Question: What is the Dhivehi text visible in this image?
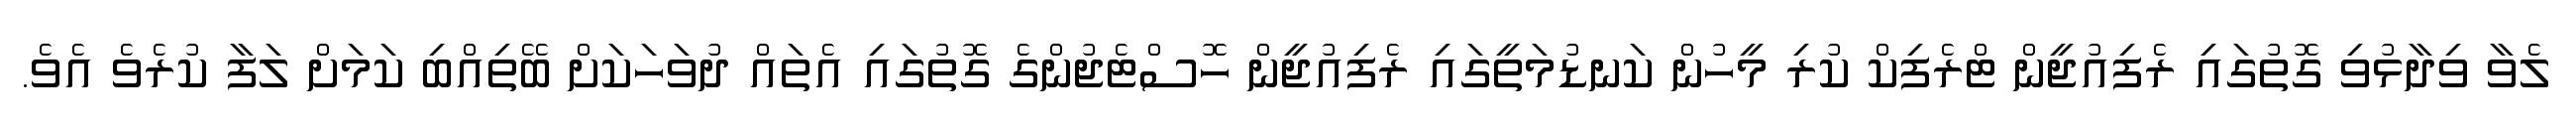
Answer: ލެވާ ވިދާޅުވި ގޮތުގައި ރެފިއުޖީން ޓްރެފިކް ކުރި މީހުން ކަނޑުމަތީގައި ރެފިއުޖީން ހޮސްޓެޖުންގެ ގޮތުގައި އެތައް ދުވަހަކަށް ބޭތިއްބި ކަމަށް ލަފާ ކުރެވެ އެވެ.